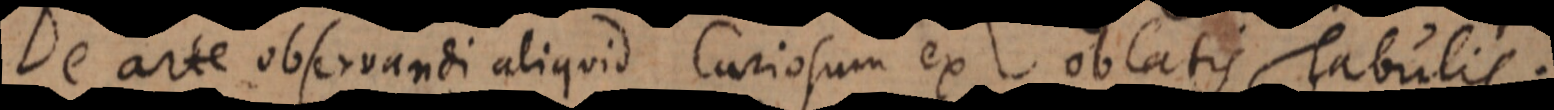
De arte observandi aliquid Curiosum ex oblatis Tabulis